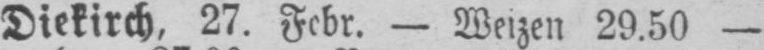
Diekirch, 27. Febr. - Weizen 29.50 -